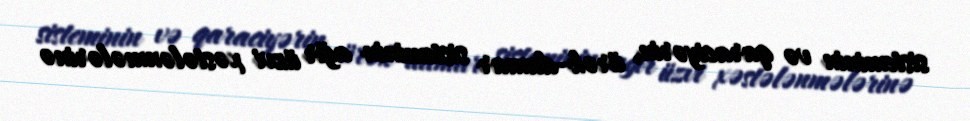
sisteminin və qaraciyərin, ürək-damar sisteminin ağır üzvi xəstələnmələrinə